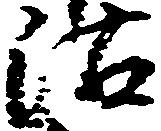
沽